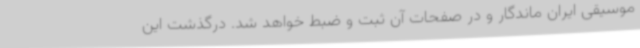
موسیقی ایران ماندگار و در صفحات آن ثبت و ضبط خواهد شد. درگذشت این